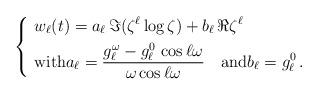
LaTeX: \begin{align*}\left\{\ \begin{aligned} & w_\ell(t) = a_\ell \,\Im(\zeta^\ell\log\zeta) + b_\ell \, \Re\zeta^\ell \\ & \mbox{with} a_\ell = \frac{g^\omega_\ell - g^0_\ell\,\cos\ell\omega}{\omega\cos \ell\omega} \quad\mbox{and} b_\ell = g^0_\ell\,.\end{aligned}\right.\end{align*}